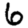
Digit: 6